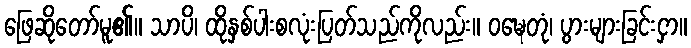
ဖြေဆိုတော်မူ၏။ သာပိ၊ ထိုနှစ်ပါးစလုံးပြတ်သည်ကိုလည်း။ ဝဍ္ဎေတုံ၊ ပွားများခြင်းငှာ။